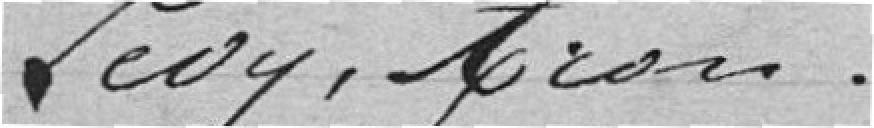
Lévy, Aaron